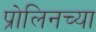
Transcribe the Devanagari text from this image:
प्रोलिनच्या